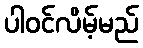
ပါဝင်လိမ့်မည်